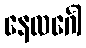
နေလင်္ဂေါ